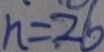
n = 2 6